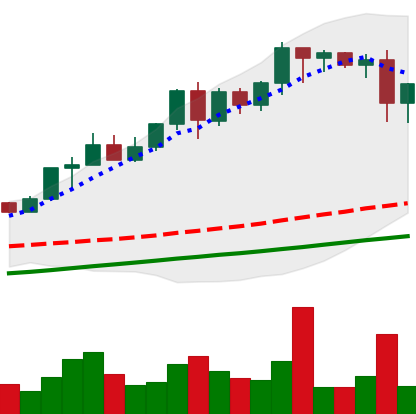
Ticker: XMR-USD
Chart end date: 2020-08-12
Forward return: 3.394%
Label: up_3_5